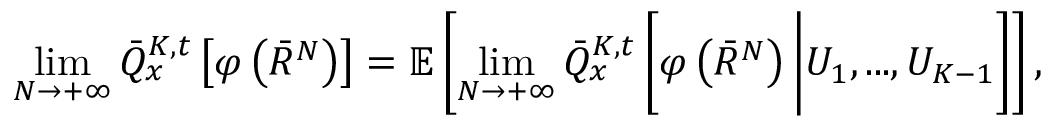
\operatorname* { l i m } _ { N \rightarrow + \infty } \bar { Q } _ { x } ^ { K , t } \left[ \varphi \left( \bar { R } ^ { N } \right) \right] = \mathbb { E } \left[ \operatorname* { l i m } _ { N \rightarrow + \infty } \bar { Q } _ { x } ^ { K , t } \left[ \varphi \left( \bar { R } ^ { N } \right) \bigg | U _ { 1 } , . . . , U _ { K - 1 } \right] \right] ,